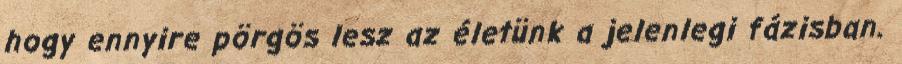
hogy ennyire pörgös lesz az életünk a jelenlegi fázisban.